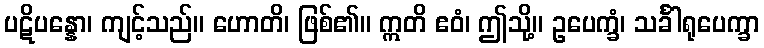
ပဋိပန္နော၊ ကျင့်သည်။ ဟောတိ၊ ဖြစ်၏။ ဣတိ ဧဝံ၊ ဤသို့။ ဥပေက္ခံ၊ သင်္ခါရုပေက္ခာ